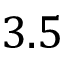
3 . 5